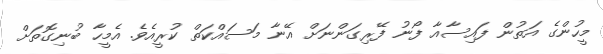
މީހުންގެ އަތުން ފައިސާއާ ފޯނު ފޭރިގަންނަށް އޭނާ މަސައްކަތް ކުރީއެވެ. އެމީހާ ބުނިގޮތަށް